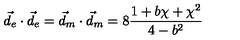
\vec { d } _ { e } \cdot \vec { d } _ { e } = \vec { d } _ { m } \cdot \vec { d } _ { m } = 8 \frac { 1 + b \chi + \chi ^ { 2 } } { 4 - b ^ { 2 } }